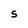
Character: S